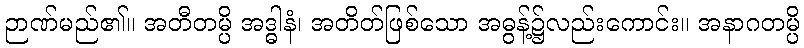
ဉာဏ်မည်၏။ အတီတမ္ပိ အဒ္ဓါနံ၊ အတိတ်ဖြစ်သော အဓွန့်၌လည်းကောင်း။ အနာဂတမ္ပိ